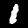
Digit: 1